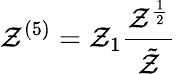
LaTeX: \mathcal{Z}^{(5)}=\mathcal{Z}_{1}\frac{{\mathcal{Z}^{\frac{{1}}{{2}}}}}{{\tilde{{\mathcal{Z}}}}}